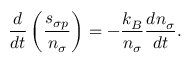
\frac { d } { d t } \left( \frac { s _ { \sigma p } } { n _ { \sigma } } \right) = - \frac { k _ { B } } { n _ { \sigma } } \frac { d n _ { \sigma } } { d t } .